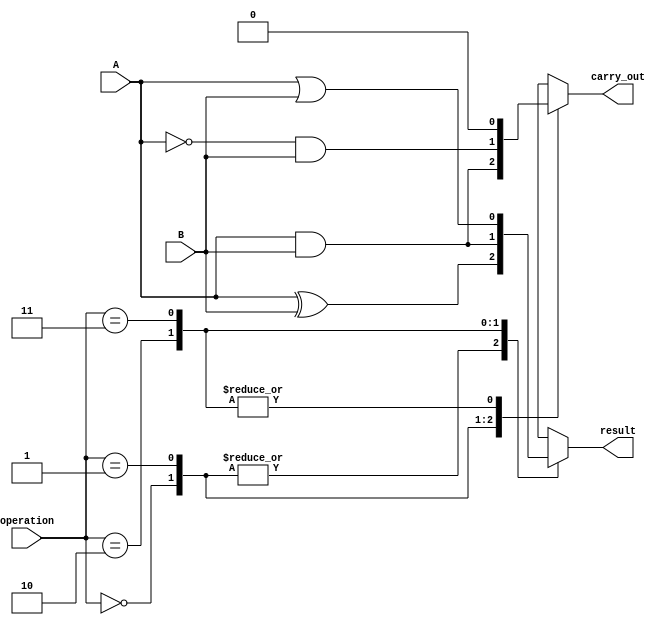
module ALU (
    input wire A,
    input wire B,
    input wire [1:0] operation,
    output reg result,
    output reg carry_out
);

always @(*)
begin
    case(operation)
        2'b00: begin // Addition operation
            result = A ^ B;
            carry_out = A & B;
        end
        2'b01: begin // Subtraction operation
            result = A ^ B;
            carry_out = ~A & B;
        end
        2'b10: begin // AND operation
            result = A & B;
            carry_out = 1'b0;
        end
        2'b11: begin // OR operation
            result = A | B;
            carry_out = 1'b0;
        end
    endcase
end

endmodule